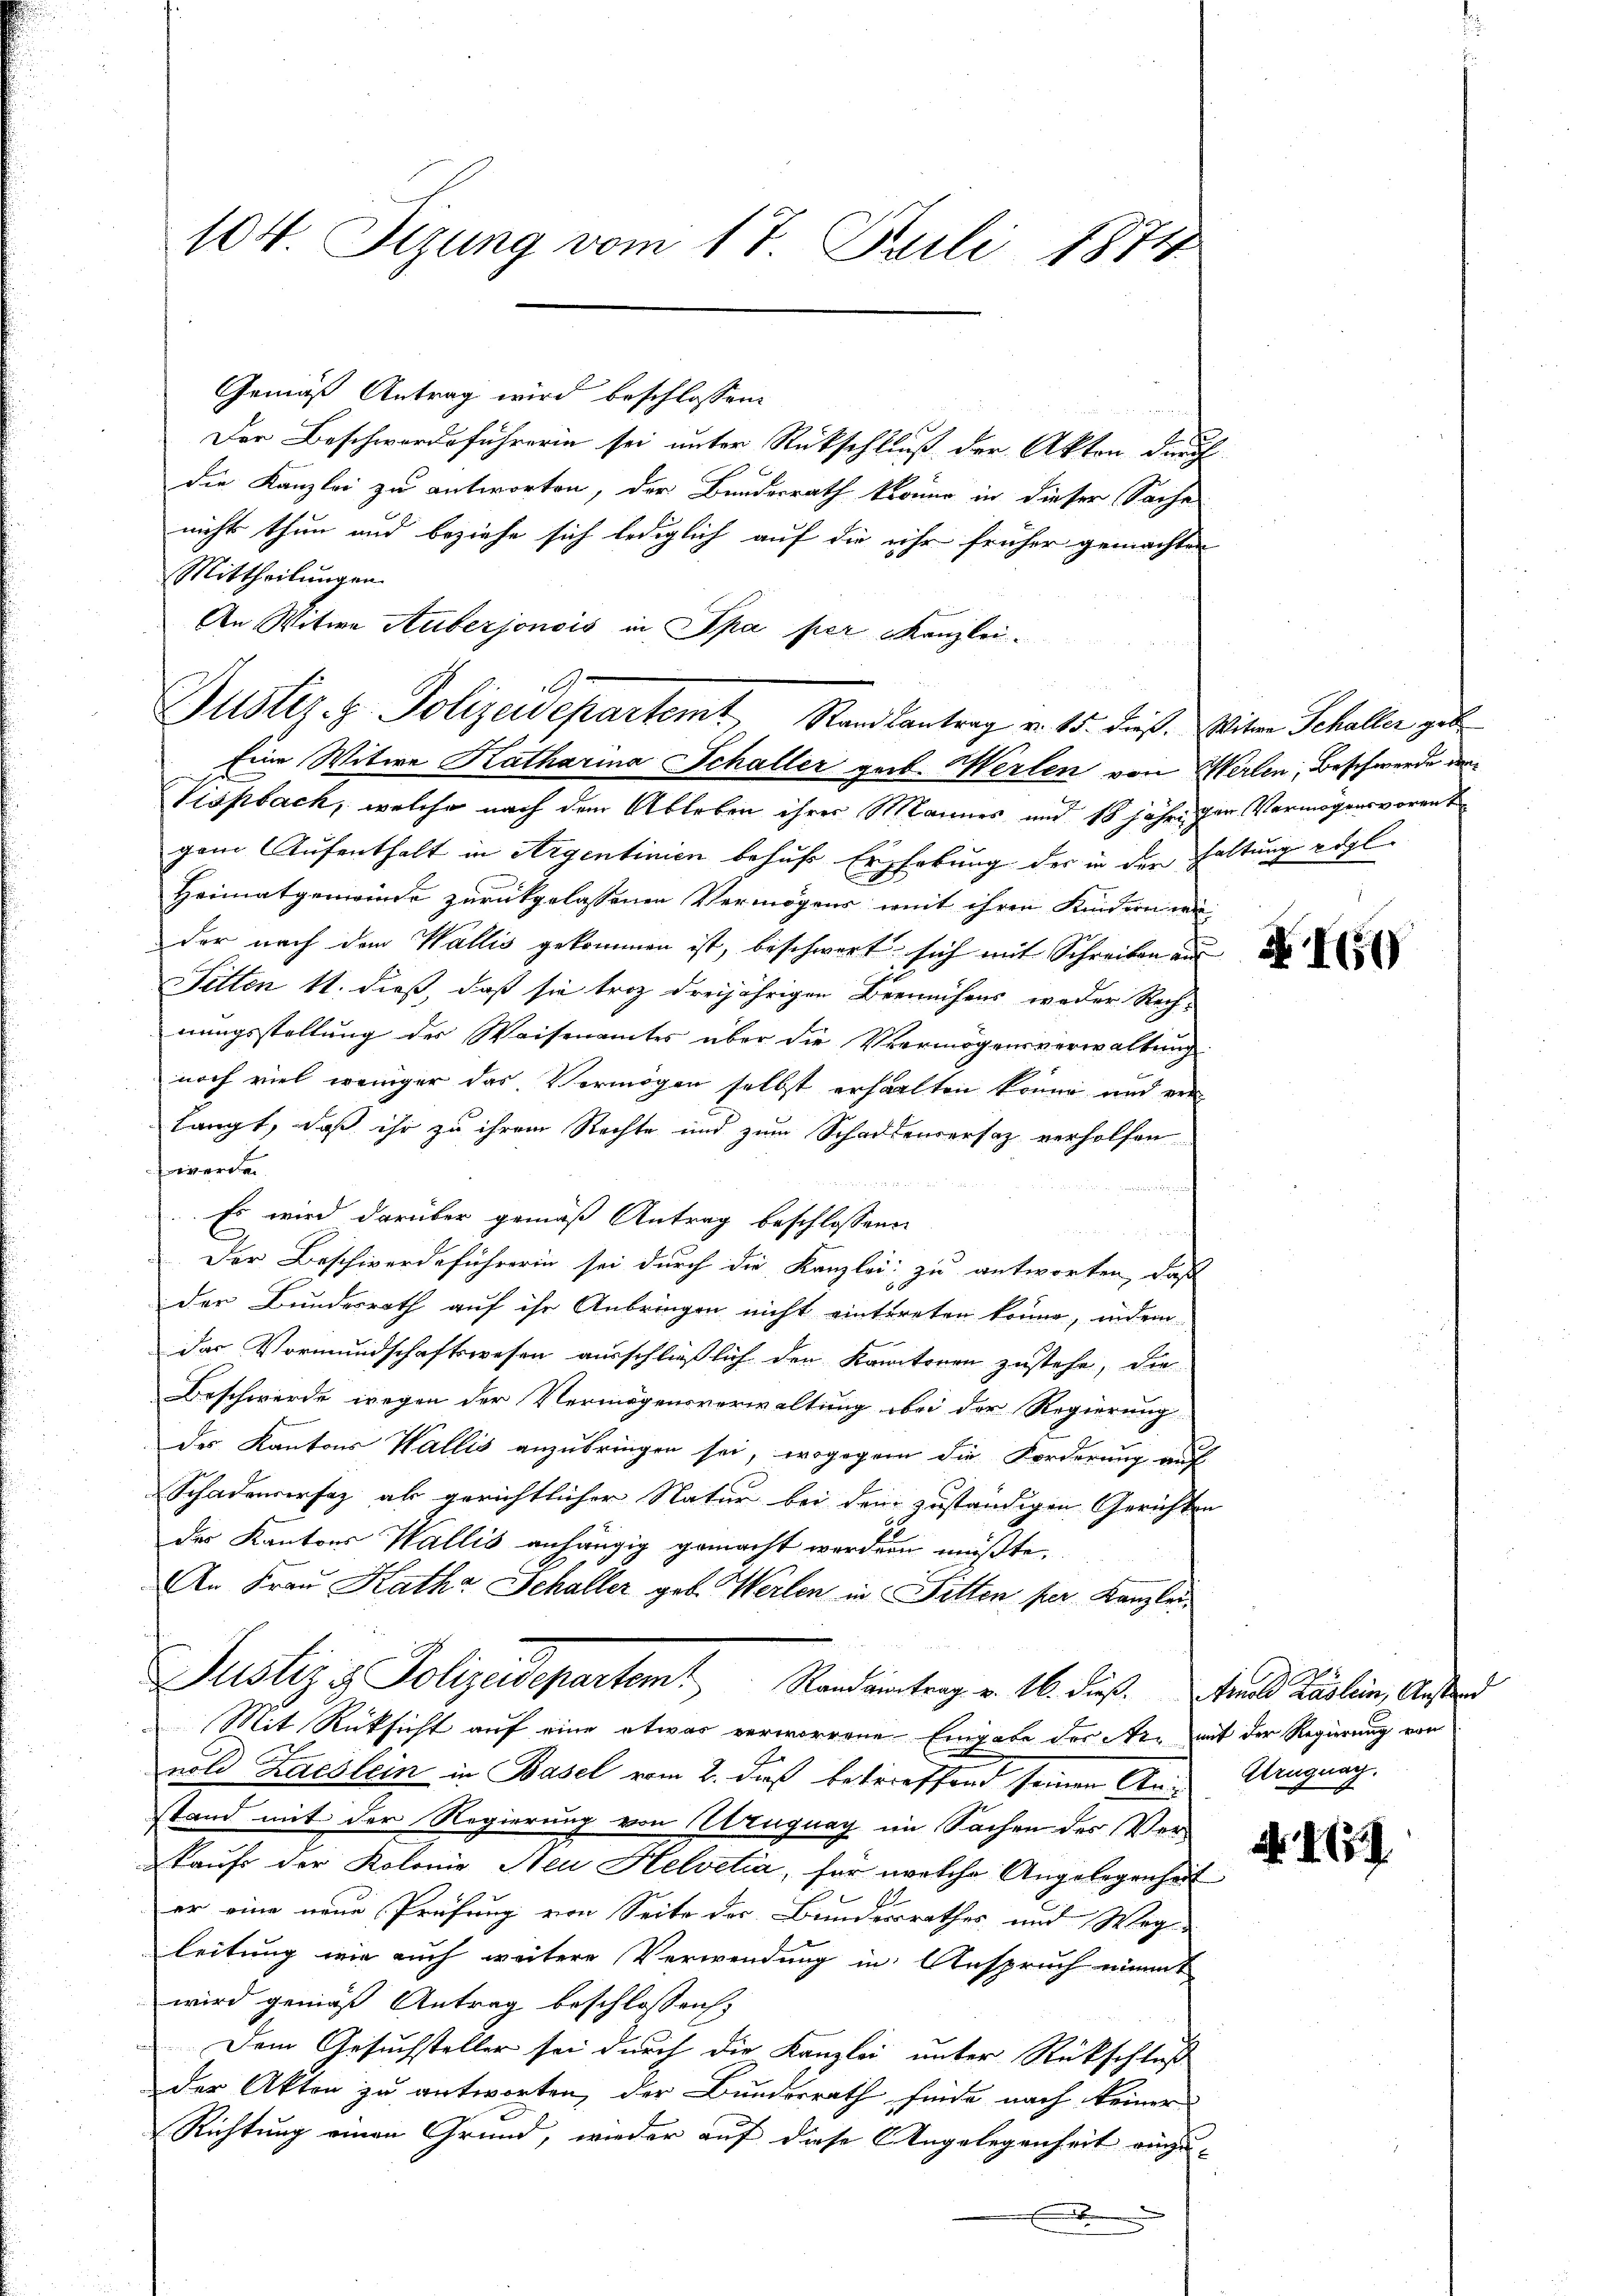
104. Sizung vom 17. Juli 1874

Der Beschwerdeführerin sei unter Rückschluß der Akten durch
die Kanzlei zu antworten, der Bundesrath könne in dieser Sache
nicht thun und beziehe sich lediglich auf die ihr früher gemachten
Mittheilungen.
An Witwe Auberjonsis in Spa per Kanzlei¬

Gemäß Antrag wird beschlossen:

Justiz- & Polizeidepartemt, Standsantrag v. 15. dieß. Witwe Schaller geb
Eine Witwe Katharina Schaller geb. Merlen von Werten, Beschwerde de

Tispbach, welche nach dem Ableben ihrer Mannes und 18 jährigen Vermögensvorent
gem Aufenthalt in Argentinien behufs Erhebung der in den Haltung rögl.
Heimatgemeinde zurückgelassenen Vermögens weit ihren Kindern wi
der nach dem Wallis gekommen ist, beschwert sich mit Schreiben aus
Sitten 11. dieß, daß sie troz dreijährigen Bemühens weder Rech-
nungsstellung der Weisenamtes über die Vermögensverwaltung
noch viel weniger das Vermögen selbst erhalten könne und er
langt, daß ihr zu ihrem Rechte und zum Schadensersatz verholfen
werde.

Es wird darüber gemäß Antrag beschlossenen
Der Beschwerdeführerin sei durch die Kanzlei zu antworten, daß
der Bundesrath auf ihr Anbringen nicht eintereten könne, indem
das Vormundschaftswesen ausschließlich den Kantonen zustehe, die
Beschwerde wegen der Vermögensverwaltung bei der Regierung
des Kantons Wallis anzubringen sei, wogegen die Forderung auf
Schadenversaz als gerichtlicher Natur bei dem zuständigen Gerichten
des Kantons Wallis anhängig gemacht werden müßte.
An Frau Katha Schaller geb. Werten in Fitten per Kanzlei-
Justiz & Polizeidepartem Randeintrag v. 16. dieß und Baslein, Ausd
Mit Rücksicht auf eine etwas verworrene Eingabe der Az. mit der Regierung von
nold Laeslein in Basel vom 2. daß betreffend seinen An- Urugung,
stand mit der Regierung von Zeugung im Sachen des Ver¬
Kaufs der Kolonie Neu Helvetia, für welche Angelegenheit
er eine neue Prüfung von Seite der Bunderrathes und Weg
leitung wie auch weitere Verwendung in Anspruch nimmt
wird gemäß Antrag beschlossens
Dem Gesuchsteller sei durch die Kanzlei unter Rückschluß
der Akten zu antworten, der Bundesrath finde nach keiner
Richtung einen Grund, wieder auf diese Angelegenheit einzu-
.

N I

a. 175.